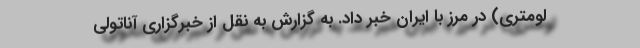
لومتری) در مرز با ایران خبر داد. به گزارش به نقل از خبرگزاری آناتولی